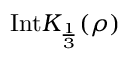
\mathrm { I n t } K _ { \frac { 1 } { 3 } } ( \rho )